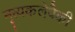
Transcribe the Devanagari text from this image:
नृत्यकलेपैकी